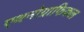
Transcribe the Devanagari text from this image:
एथनोग्राफिकल